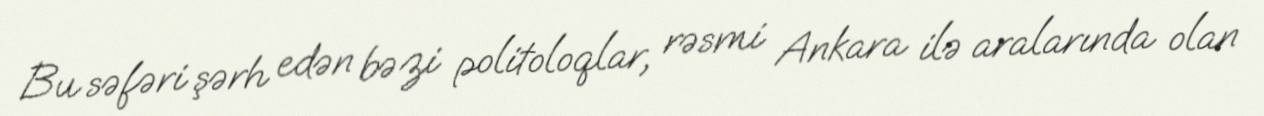
Bu səfəri şərh edən bəzi politoloqlar, rəsmi Ankara ilə aralarında olan